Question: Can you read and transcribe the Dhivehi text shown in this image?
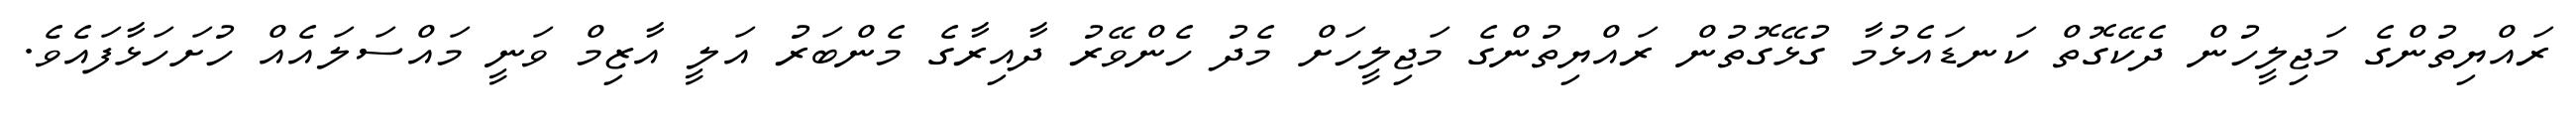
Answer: ރައްޔިތުންގެ މަޖިލީހުން ދެކޭގޮތް ކަނޑައެޅުމާ ގުޅޭގޮތުން ރައްޔިތުންގެ މަޖިލީހަށް މެދު ހެންވޭރު ދާއިރާގެ މެންބަރު އަލީ އާޒިމް ވަނީ މައްސަލައެއް ހުށަހަޅާފައެވެ.